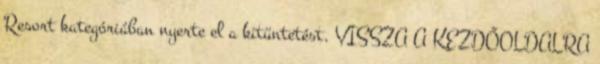
Resort kategóriában nyerte el a kitüntetést. VISSZA A KEZDŐOLDALRA